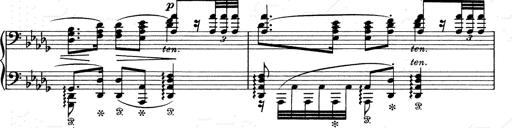
Title: Walhall aus Der Ring des Nibelungen
Composer: Franz Liszt